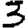
Digit: 3